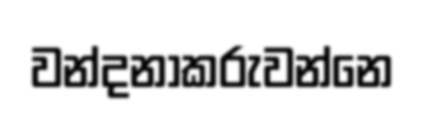
වන්දනාකරුවන්නෙ